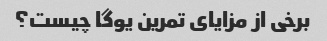
برخی از مزایای تمرین یوگا چیست؟